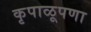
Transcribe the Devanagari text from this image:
कृपाळूपणा